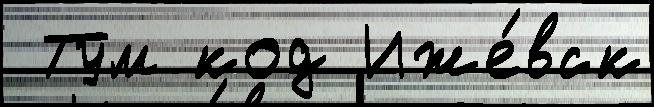
 Тум код Иже́вск